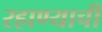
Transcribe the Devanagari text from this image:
रहाण्याचीं